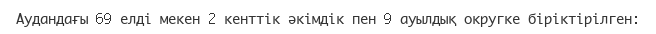
Аудандағы 69 елді мекен 2 кенттік әкімдік пен 9 ауылдық округке біріктірілген: